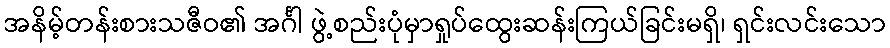
အနိမ့်တန်းစားသဇီဝ၏ အင်္ဂါ ဖွဲ့စည်းပုံမှာရှုပ်ထွေးဆန်းကြယ်ခြင်းမရှိ၊ ရှင်းလင်းသော